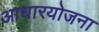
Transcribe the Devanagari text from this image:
आधारयोजना